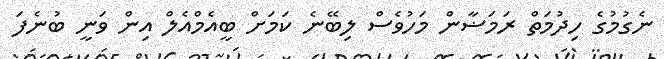
ނެގުމުގެ ހިދުމަތް ރަމަޟާން މަހުވެސް ލިބޭނެ ކަމަށް ބީއެމްއެލް އިން ވަނީ ބުނެފަ